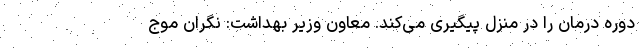
دوره درمان را در منزل پیگیری می‌کند. معاون وزیر بهداشت: نگران موج